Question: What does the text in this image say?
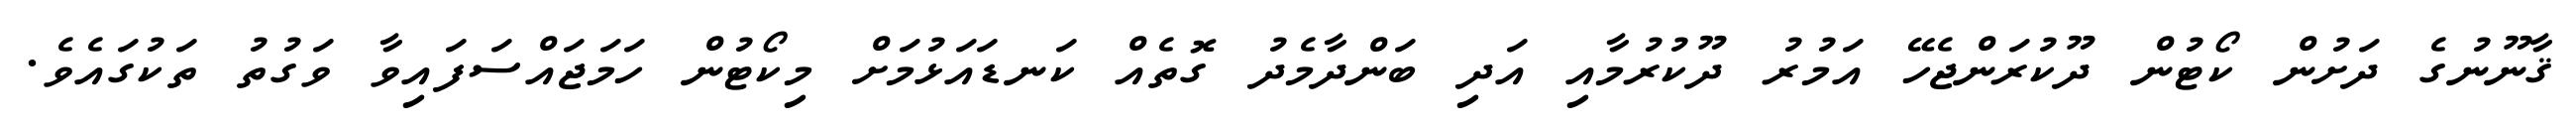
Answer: ޤާނޫނުގެ ދަށުން ކޯޓުން ދޫކުރަންޖެހޭ އަމުރު ދޫކުރުމާއި އަދި ބަންދާމެދު ގޮތެއް ކަނޑައަޅުމަށް މިކޯޓުން ހަމަޖައްސަފައިވާ ވަގުތު ތަކުގައެވެ.